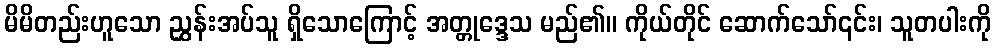
မိမိတည်းဟူသော ညွှန်းအပ်သူ ရှိသောကြောင့် အတ္တုဒ္ဒေသ မည်၏။ ကိုယ်တိုင် ဆောက်သော်၎င်း၊ သူတပါးကို